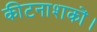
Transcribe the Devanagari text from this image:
कीटनाशकों।